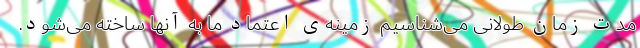
مدت زمان طولانی می‌شناسیم زمینه‌ی اعتماد ما به آنها ساخته می‌شود.